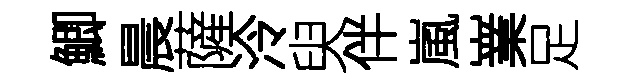
鯽晨薩泠臾伴嵐嶪足